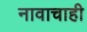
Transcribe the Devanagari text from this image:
नावाचाही